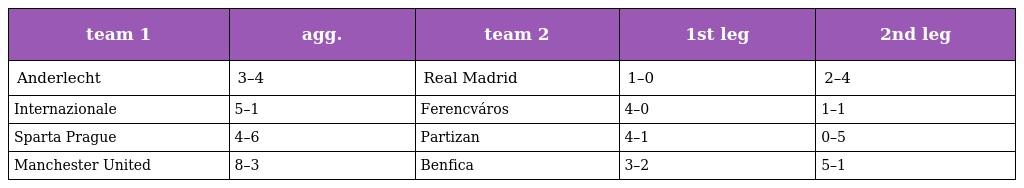
| team 1 | agg. | team 2 | 1st leg | 2nd leg |
 | --- | --- | --- | --- | --- |
 | Anderlecht | 3–4 | Real Madrid | 1–0 | 2–4 |
 | Internazionale | 5–1 | Ferencváros | 4–0 | 1–1 |
 | Sparta Prague | 4–6 | Partizan | 4–1 | 0–5 |
 | Manchester United | 8–3 | Benfica | 3–2 | 5–1 |